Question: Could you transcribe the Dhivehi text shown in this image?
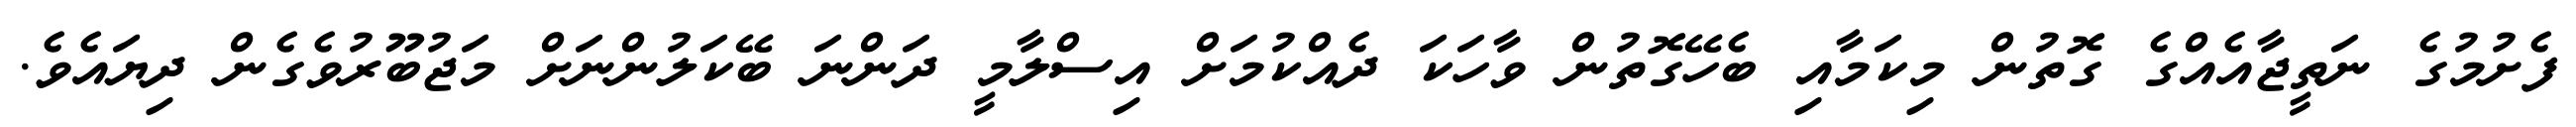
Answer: ފެށުމުގެ ނަތީޖާއެއްގެ ގޮތުން މިކަމާއި ބެހޭގޮތުން ވާހަކަ ދެއްކުމަށް އިސްލާމީ ދަންނަ ބޭކަލުންނަށް މަޖުބޫރުވެގެން ދިޔައެވެ.